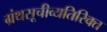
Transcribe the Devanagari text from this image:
ग्रंथसूचीव्यतिरिक्त